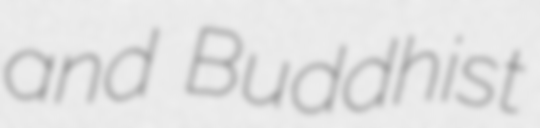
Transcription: and Buddhist